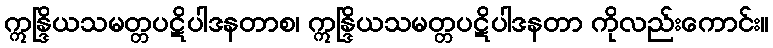
ဣန္ဒြိယသမတ္တပဋိပါဒနတာစ၊ ဣန္ဒြိယသမတ္တပဋိပါဒနတာ ကိုလည်းကောင်း။